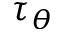
\tau _ { \theta }